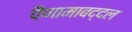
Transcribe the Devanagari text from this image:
पैणामाबद्दल